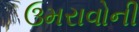
ઉમરાવોની